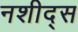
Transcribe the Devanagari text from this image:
नशीद्स